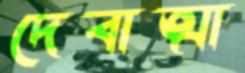
দেবাত্মা